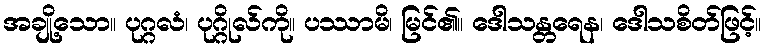
အချို့သော။ ပုဂ္ဂလံ၊ ပုဂ္ဂိုလ်ကို။ ပဿာမိ၊ မြင်၏။ ဒေါသန္တရေန၊ ဒေါသစိတ်ဖြင့်။